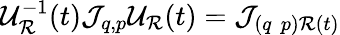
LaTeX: {\cal U}_{{\cal R}}^{-1}(t){\cal J}_{q,p}{\cal U}_{\cal R}(t)={\cal J}_{(q\, \, p){\cal R}(t)}